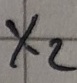
Text: X2